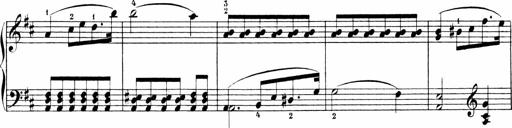
Title: 6 Sonatinas
Composer: Carl Reinecke